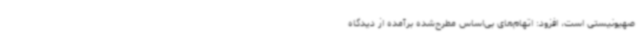
صهیونیستی است‌، افزود: اتهام‌های بی‌اساس مطرح‌شده برآمده از دیدگاه